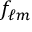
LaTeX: f _ { \ell m }